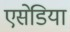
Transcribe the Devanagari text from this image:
एसेडिया